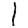
Digit: 1